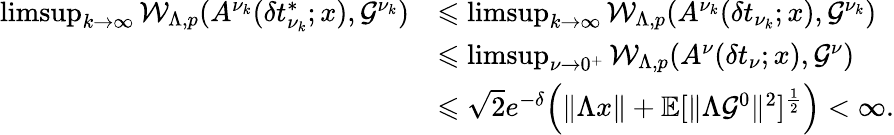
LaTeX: \begin{array}{rl}{\operatorname*{limsup}_{k\to\infty}\mathcal{W}_{\Lambda,p}(A^{\nu_{k}}(\delta t_{\nu_{k}}^{*};x),\mathcal{G}^{\nu_{k}})}&{\leqslant\operatorname*{limsup}_{k\to\infty}\mathcal{W}_{\Lambda,p}(A^{\nu_{k}}(\delta t_{\nu_{k}};x),\mathcal{G}^{\nu_{k}})}\\ &{\leqslant\operatorname*{limsup}_{\nu\to 0^{+}}\mathcal{W}_{\Lambda,p}(A^{\nu}(\delta t_{\nu};x),\mathcal{G}^{\nu})}\\ &{\leqslant{\sqrt{2}}e^{-\delta}\Big(\| \Lambda x\| +\mathbb{E}[\| \Lambda\mathcal{G}^{0}\| ^{2}]^{\frac{1}{2}}\Big)<\infty.}\end{array}